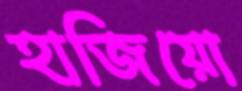
হাজিয়ো